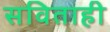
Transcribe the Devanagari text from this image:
सविताही